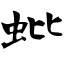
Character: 蚍